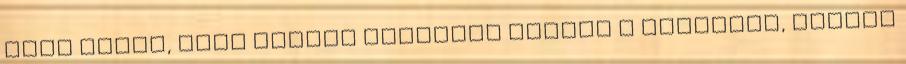
elég ahhoz, hogy nagyot sóhajtva álljak a folyosón, teljes